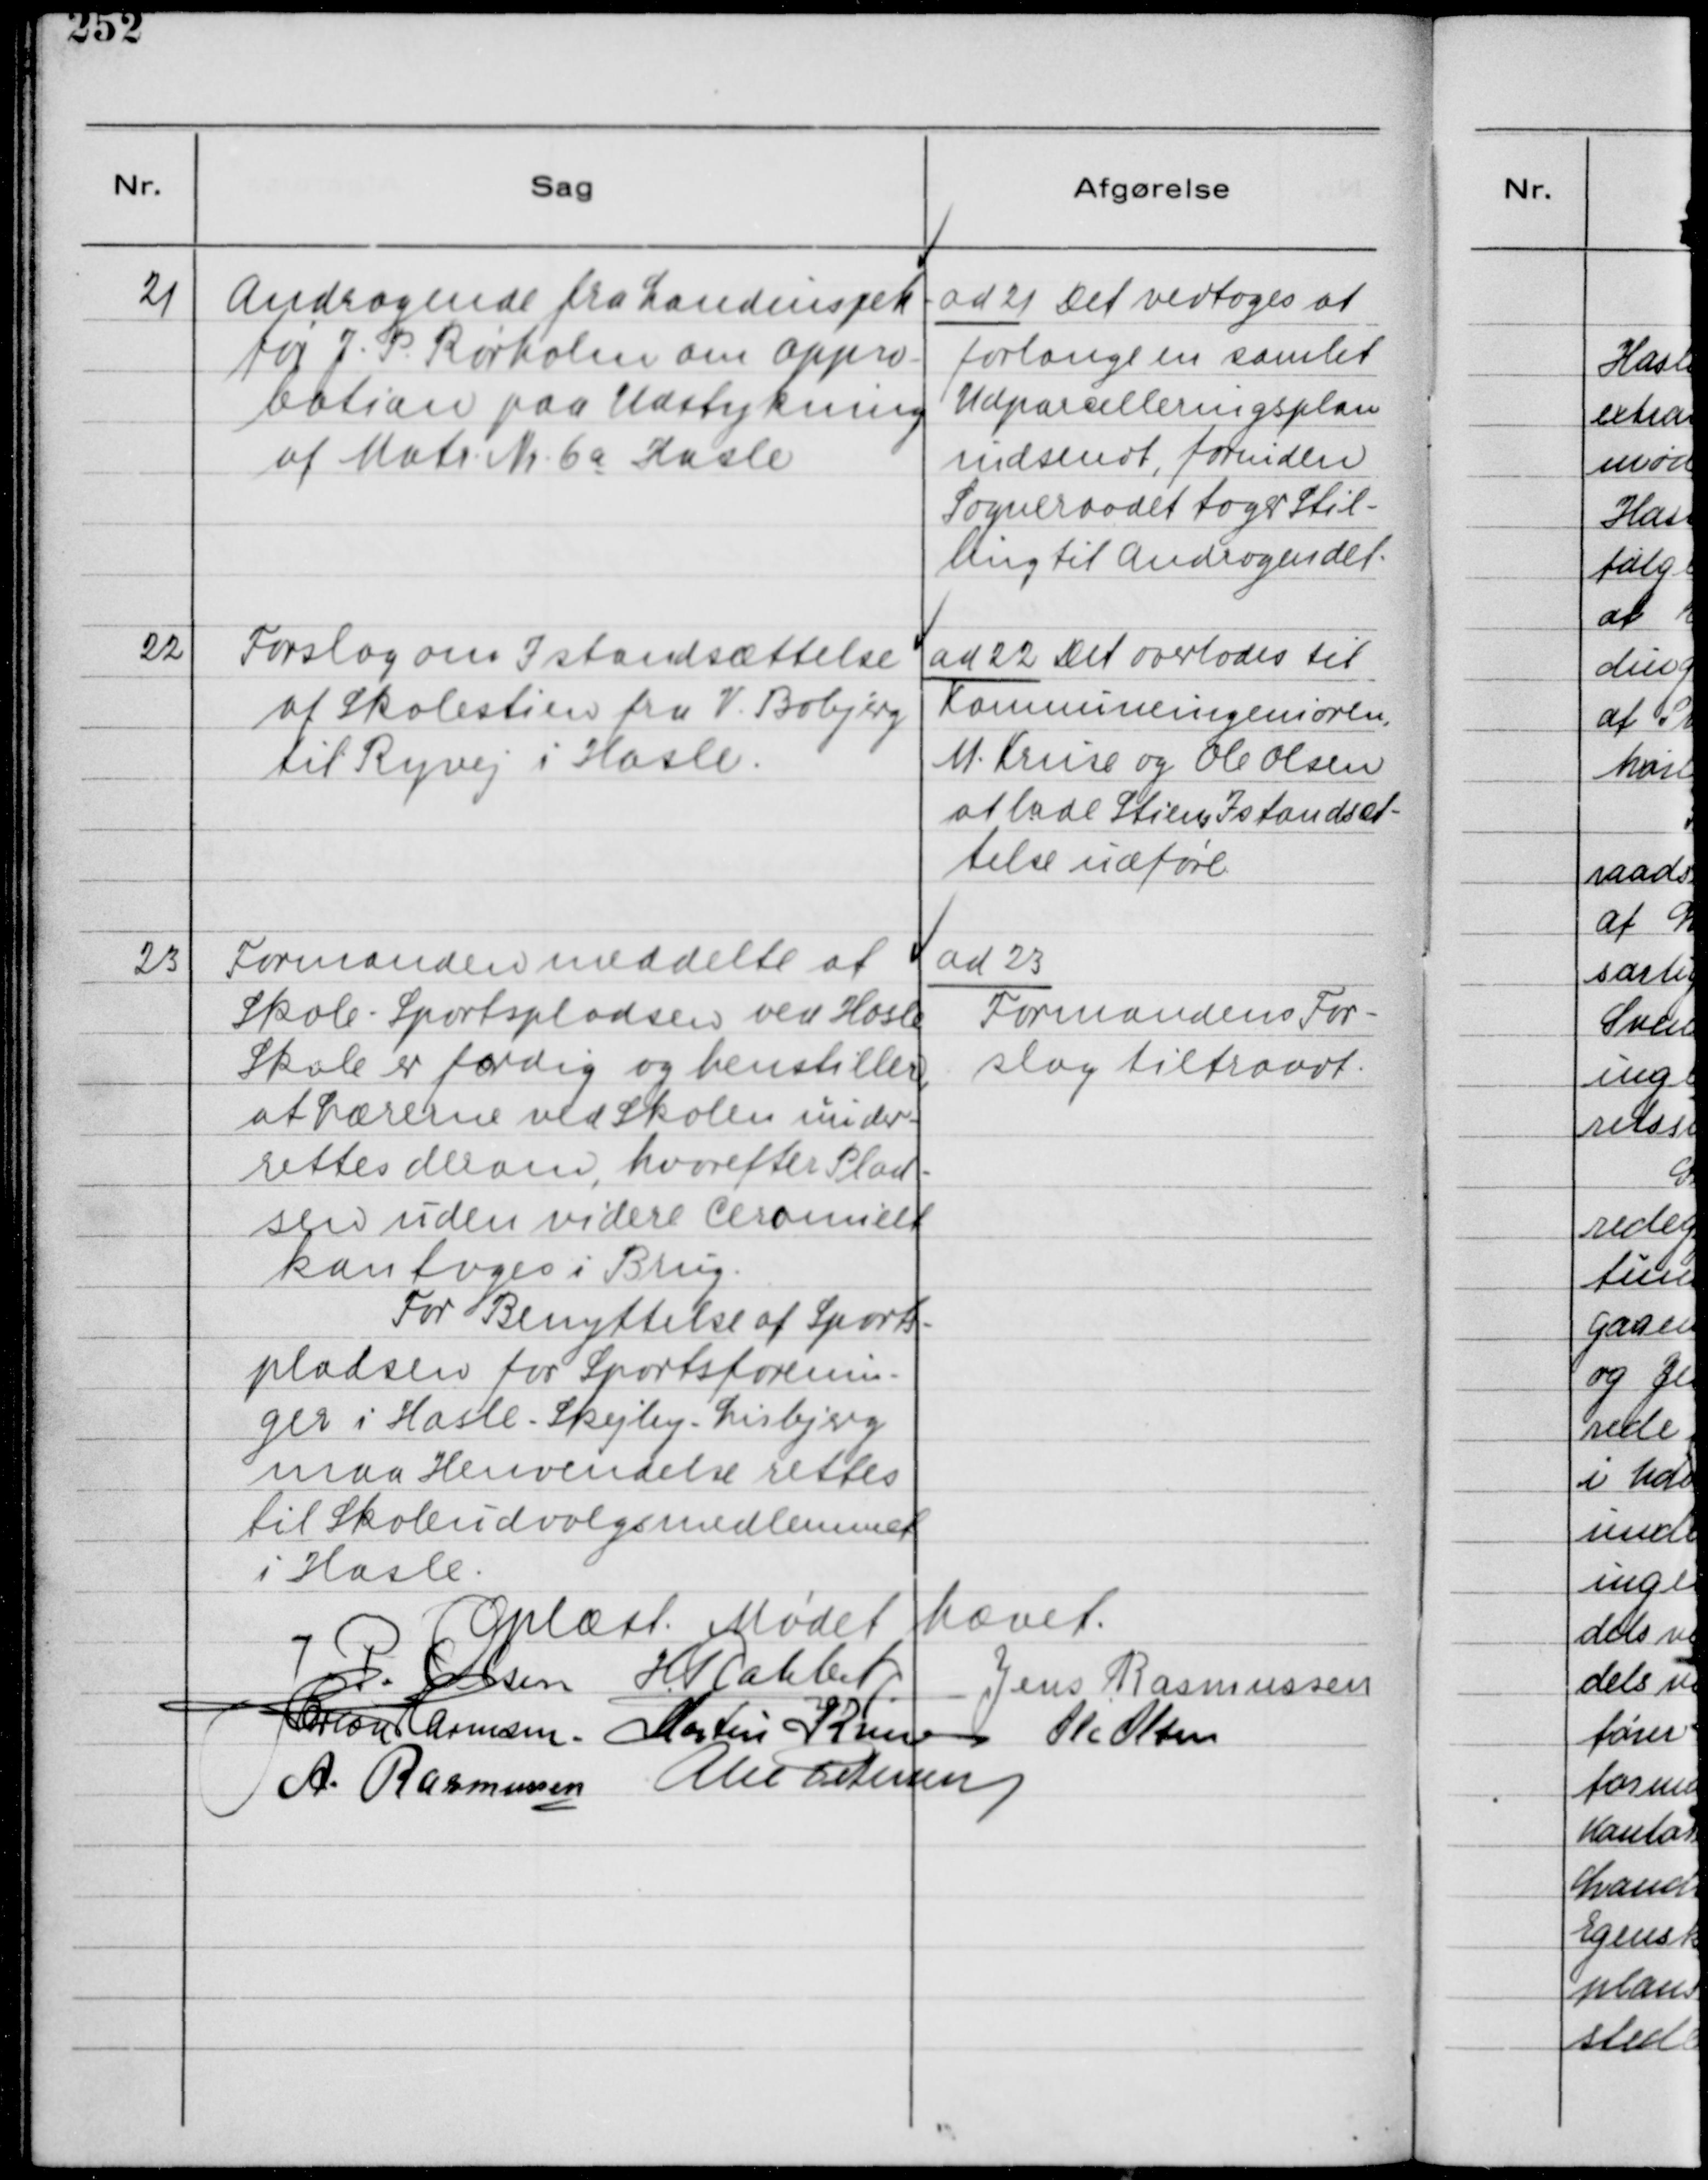
Transskription:
21
Andragende fra Landinspek-
tør J. P. Rørholm om Appro-
bation paa Udstykning
af Matr. Nr. 6a Hasle

ad 21 Det vedtoges at
forlange en samlet
Udparcelleringsplan
indsendt, forinden
Sogneraadet tager Stil-
ling til Andragendet.

22
Forslag om Istandsættelse
af Skolestien fra V. Bobjerg
til Ryvej i Hasle.

ad 22 Det overlodes til
Komnuneingeniøren,
M. Kruse og Ole Olsen
at lade Stiens Istandsæt-
telse udføre.

23
Formanden meddelte at
Skole - Sportspladsen ved Hasle
Skole er færdig og henstiller,
at Lærerne ved skolen under-
rettes derom, hvorefter Plad-
sen uden videre Ceromielt
kan toges i Brug.
For Benyttelse af Sports-
pladsen for Sportsforenin-
ger i Hasle - Skejby - Lisbjerg
maa Henvendelse rettes
til Skoleudvalgsmedlemmet
i Hasle.

ad 23
Formandens For-
slag tiltraadt.

Oplæst. Mødet hævet.
J. P Olsen
H. Rahbek.
Jens Rasmussen
Herlou Harmsen
Martin Kruse
Ole Olsen
A. Rasmussen
Alex Petersen